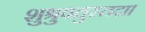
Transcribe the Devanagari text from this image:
शुश्रुवतुस्तदा।